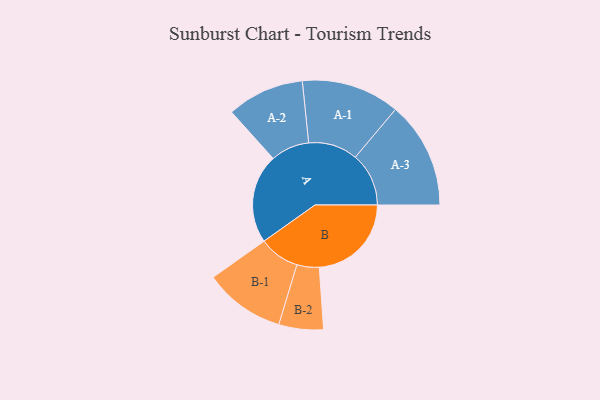
{"axis": {"x": "Segment", "y": "Value"}, "legend": ["", "A", "B"], "data": [{"x": "A", "y": 441, "type": ""}, {"x": "B", "y": 455, "type": ""}, {"x": "A-1", "y": 243, "type": "A"}, {"x": "A-2", "y": 191, "type": "A"}, {"x": "A-3", "y": 264, "type": "A"}, {"x": "B-1", "y": 200, "type": "B"}, {"x": "B-2", "y": 110, "type": "B"}]}